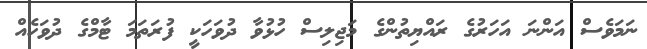
ނަމަވެސް އަންނަ އަހަރުގެ ރައްޔިތުންގެ މަޖިލިސް ހުޅުވާ ދުވަހަކީ ފުރަތަމަ ޓާމްގެ ދުވަހެއް